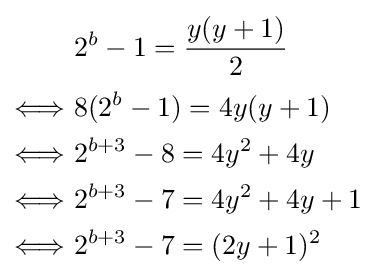
{\begin{aligned}&\ 2^{b}-1={\frac {y(y+1)}{2}}\\[2pt]\Longleftrightarrow &\ 8(2^{b}-1)=4y(y+1)\\\Longleftrightarrow &\ 2^{b+3}-8=4y^{2}+4y\\\Longleftrightarrow &\ 2^{b+3}-7=4y^{2}+4y+1\\\Longleftrightarrow &\ 2^{b+3}-7=(2y+1)^{2}\end{aligned}}